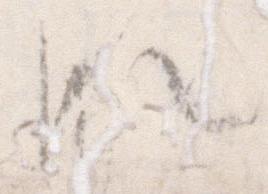
れ